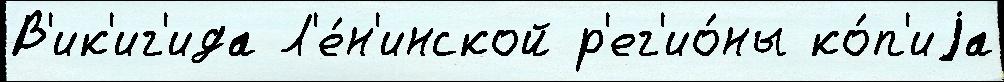
В'ик'иг'ида Л'е́н'инской р'ег'ио́ны ко́п'иjа